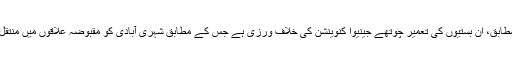
اقوام متحدہ کی اس رپورٹ کے مطابق، اِن بستیوں کی تعمیر چوتھے جینیوا کنوینشن کی خلاف ورزی ہے جس کے مطابق شہری آبادی کو مقبوضہ علاقوں میں منتقل کرنے کی ممانعت کی گئی ہے۔